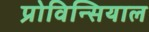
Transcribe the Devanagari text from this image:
प्रोविन्सियाल